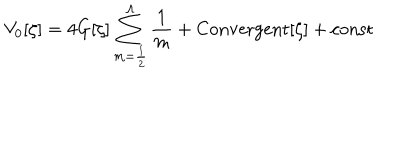
V _ { 0 } [ \zeta ] = 4 G [ \zeta ] \sum _ { m = \frac { 1 } { 2 } } ^ { \Lambda } { \frac { 1 } { m } } + \mathrm { { C o n v e r g e n t } } [ \zeta ] + { \mathrm { c o n s t } }